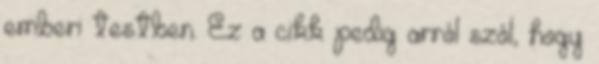
emberi testben. Ez a cikk pedig arról szól, hogy